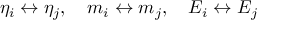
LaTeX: \eta _ { i } \leftrightarrow \eta _ { j } , \quad m _ { i } \leftrightarrow m _ { j } , \quad E _ { i } \leftrightarrow E _ { j }